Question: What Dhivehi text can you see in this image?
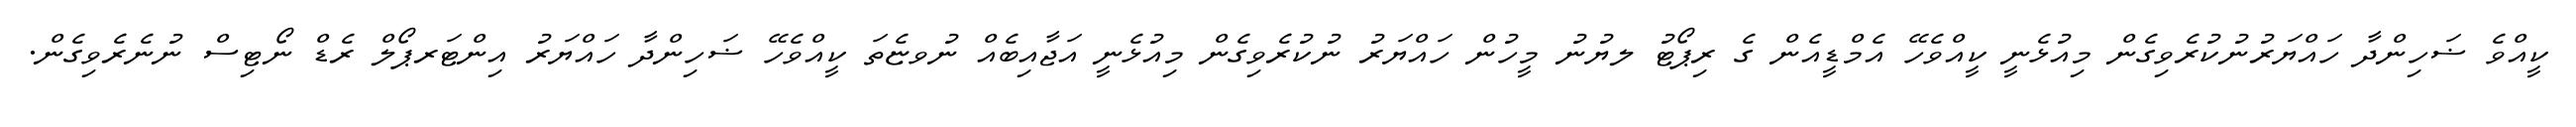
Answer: ކީއްވެ ޟަހިންދާ ހައްޔަރުނުކުރެވިގެން މިއުޅެނީ ކީއްވެހޭ އެމްޑީއެން ގެ ރިޕޯޓު ލޔުނު މީހުން ހައްޔަރު ނުކުރެވިގެން މިއުޅެނީ އަޖާއިބެއް ނުވޏެތަ ކީއްވެހޭ ޟަހިންދާ ހައްޔަރު އިންޓަރޕޯލް ރެޑް ނޯޓިސް ނުނެރެވިގެން.